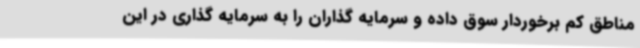
مناطق کم برخوردار سوق داده و سرمایه گذاران را به سرمایه گذاری در این